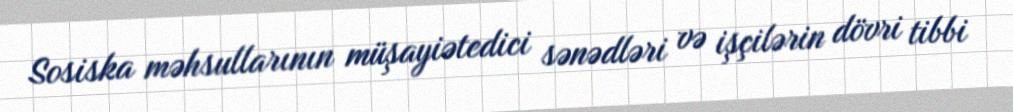
Sosiska məhsullarının müşayiətedici sənədləri və işçilərin dövri tibbi